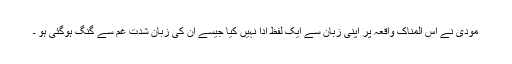
مودی نے اس المناک واقعہ پر اپنی زبان سے ایک لفظ ادا نہیں کیا جیسے اُن کی زبان شدت غم سے گنگ ہوگئی ہو ۔